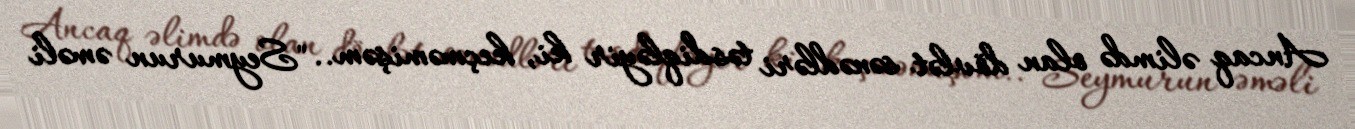
Ancaq əlimdə olan dövlət sənədləri təsdiqləyir ki, keçməmişəm.. "Seymurun əməli